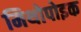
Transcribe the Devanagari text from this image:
मिथोपोइक